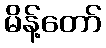
မိန့်တော်